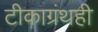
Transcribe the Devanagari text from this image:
टीकाग्रंथही